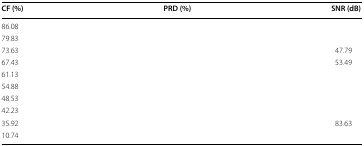
<table><thead><tr><td><b>CF (%)</b></td><td><b>PRD (%)</b></td><td><b>SNR (dB)</b></td></tr></thead><tbody><tr><td>86.08</td><td>[EMPTY_CELL]</td><td>[EMPTY_CELL]</td></tr><tr><td>79.83</td><td>[EMPTY_CELL]</td><td>[EMPTY_CELL]</td></tr><tr><td>73.63</td><td>[EMPTY_CELL]</td><td>47.79</td></tr><tr><td>67.43</td><td>[EMPTY_CELL]</td><td>53.49</td></tr><tr><td>61.13</td><td>[EMPTY_CELL]</td><td>[EMPTY_CELL]</td></tr><tr><td>54.88</td><td>[EMPTY_CELL]</td><td>[EMPTY_CELL]</td></tr><tr><td>48.53</td><td>[EMPTY_CELL]</td><td>[EMPTY_CELL]</td></tr><tr><td>42.23</td><td>[EMPTY_CELL]</td><td>[EMPTY_CELL]</td></tr><tr><td>35.92</td><td>[EMPTY_CELL]</td><td>83.63</td></tr><tr><td>10.74</td><td>[EMPTY_CELL]</td><td>[EMPTY_CELL]</td></tr></tbody></table>